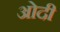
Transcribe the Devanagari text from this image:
ओदी